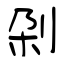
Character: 刴